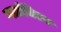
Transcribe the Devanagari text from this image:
ग्वार्डजिएफ